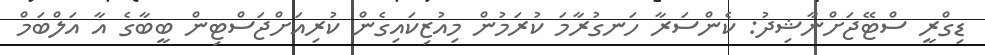
ޑިގްރީ ސްޓޭޖަށްނާޝިދު: ކެންސަރާ ހަނގުރާމަ ކުރަމުން މިއުޒިކައިގެން ކުރިއަށްޖަސްޓިން ބީބާގެ އާ އަލްބަމް